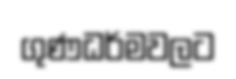
ගුණධර්මවලට